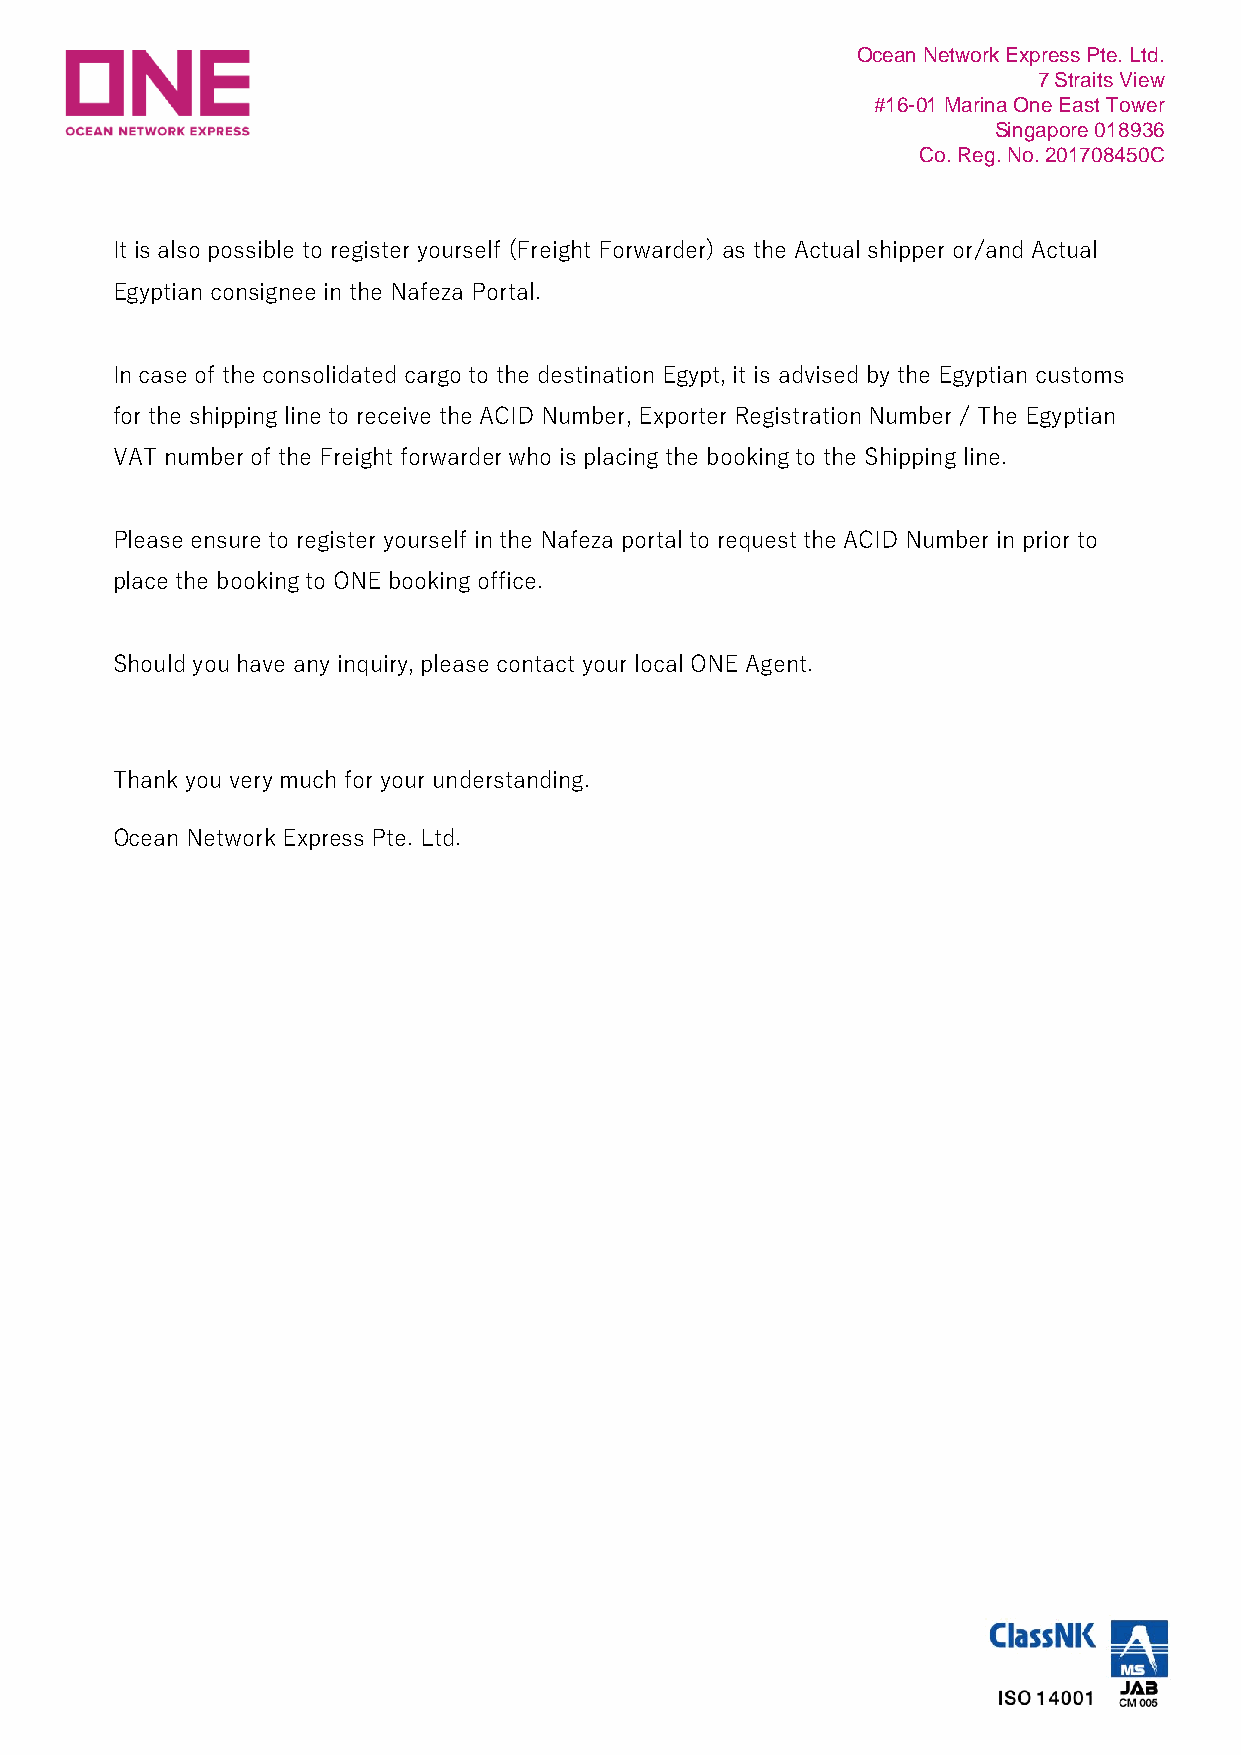
Ocean Network Express Pte. Ltd.
 7 Straits View
 #16-01 Marina One East Tower
 Singapore 018936
 Co. Reg. No. 201708450C
 It is also possible to register yourself (Freight Forwarder) as the Actual shipper or/and Actual
 Egyptian consignee in the Nafeza Portal.
 In case of the consolidated cargo to the destination Egypt, it is advised by the Egyptian customs
 for the shipping line to receive the ACID Number, Exporter Registration Number / The Egyptian
 VAT number of the Freight forwarder who is placing the booking to the Shipping line.
 Please ensure to register yourself in the Nafeza portal to request the ACID Number in prior to
 place the booking to ONE booking office.
 Should you have any inquiry, please contact your local ONE Agent.
 Thank you very much for your understanding.
 Ocean Network Express Pte. Ltd.